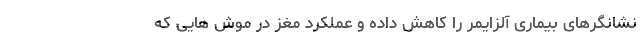
نشانگرهای بیماری آلزایمر را کاهش داده و عملکرد مغز در موش هایی که